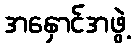
အနှောင်အဖွဲ့